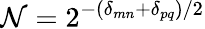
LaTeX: \mathcal{N}=2^{-(\delta_{mn}+\delta_{pq})/2}